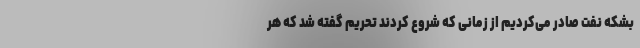
بشکه نفت صادر می‌کردیم از زمانی که شروع کردند تحریم گفته شد که هر